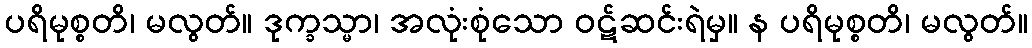
ပရိမုစ္စတိ၊ မလွတ်။ ဒုက္ခသ္မာ၊ အလုံးစုံသော ဝဋ်ဆင်းရဲမှ။ န ပရိမုစ္စတိ၊ မလွတ်။